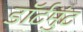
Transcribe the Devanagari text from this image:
डॉर्टमुंट